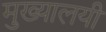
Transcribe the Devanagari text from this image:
मुख्यालयी